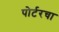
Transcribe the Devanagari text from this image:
पोर्टरचा